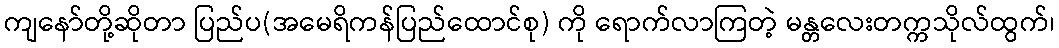
ကျနော်တို့ဆိုတာ ပြည်ပ(အမေရိကန်ပြည်ထောင်စု) ကို ရောက်လာကြတဲ့ မန္တလေးတက္ကသိုလ်ထွက်၊